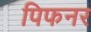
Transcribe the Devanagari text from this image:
पिफनर